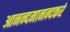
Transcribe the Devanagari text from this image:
आनन्दमानन्दकरं